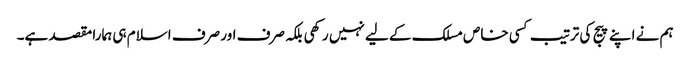
ہم نے اپنے پیج کی ترتیب کسی خاص مسلک کے لیے نہیں رکھی بلکہ صرف اور صرف اسلام ہی ہمارا مقصد ہے۔